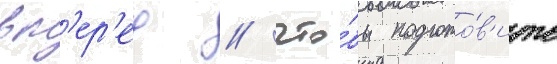
вп'ер'ед / что́бы подгото́в'ить